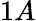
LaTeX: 1A